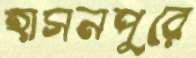
হাসনপুরে